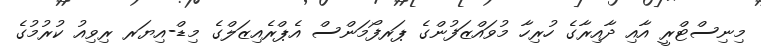
މިނިސްޓްރީ އާއި ދާއިރާގެ ހުރިހާ މުވައްޒަފުންގެ ޕަރފޯމަންސް އެޕްރެއިޒަލްގެ މިޑް-އިޔަރ ރިވިއު ކުރުމުގެ